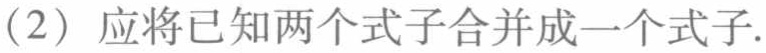
（2）应将已知两个式子合并成一个式子.